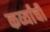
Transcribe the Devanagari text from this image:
कर्व्यांची